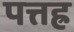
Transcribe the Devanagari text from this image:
पत्तह्र